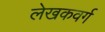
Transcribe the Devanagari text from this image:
लेखकवर्ग